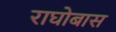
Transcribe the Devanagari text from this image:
राघोबास